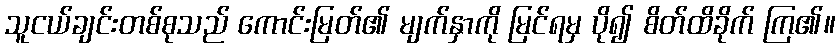
သူငယ်ချင်းတစ်စုသည် ကောင်းမြတ်၏ မျက်နှာကို မြင်ရမှ ပို၍ စိတ်ထိခိုက် ကြ၏။